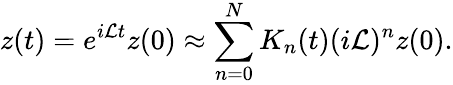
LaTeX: z(t)=e^{i\mathcal{L}t}z(0)\approx\sum_{n=0}^{N}K_{n}(t)(i\mathcal{L})^{n}z(0).